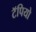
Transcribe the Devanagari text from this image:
टॅपियो